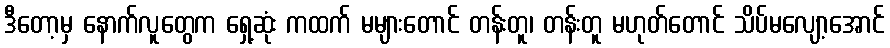
ဒီတော့မှ နောက်လူတွေက ရှေ့ဆုံး ကထက် မများတောင် တန်းတူ၊ တန်းတူ မဟုတ်တောင် သိပ်မလျော့အောင်